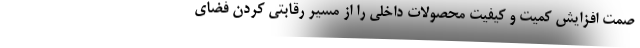
صمت افزایش کمیت و کیفیت محصولات داخلی را از مسیر رقابتی کردن فضای